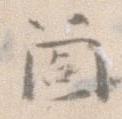
箇